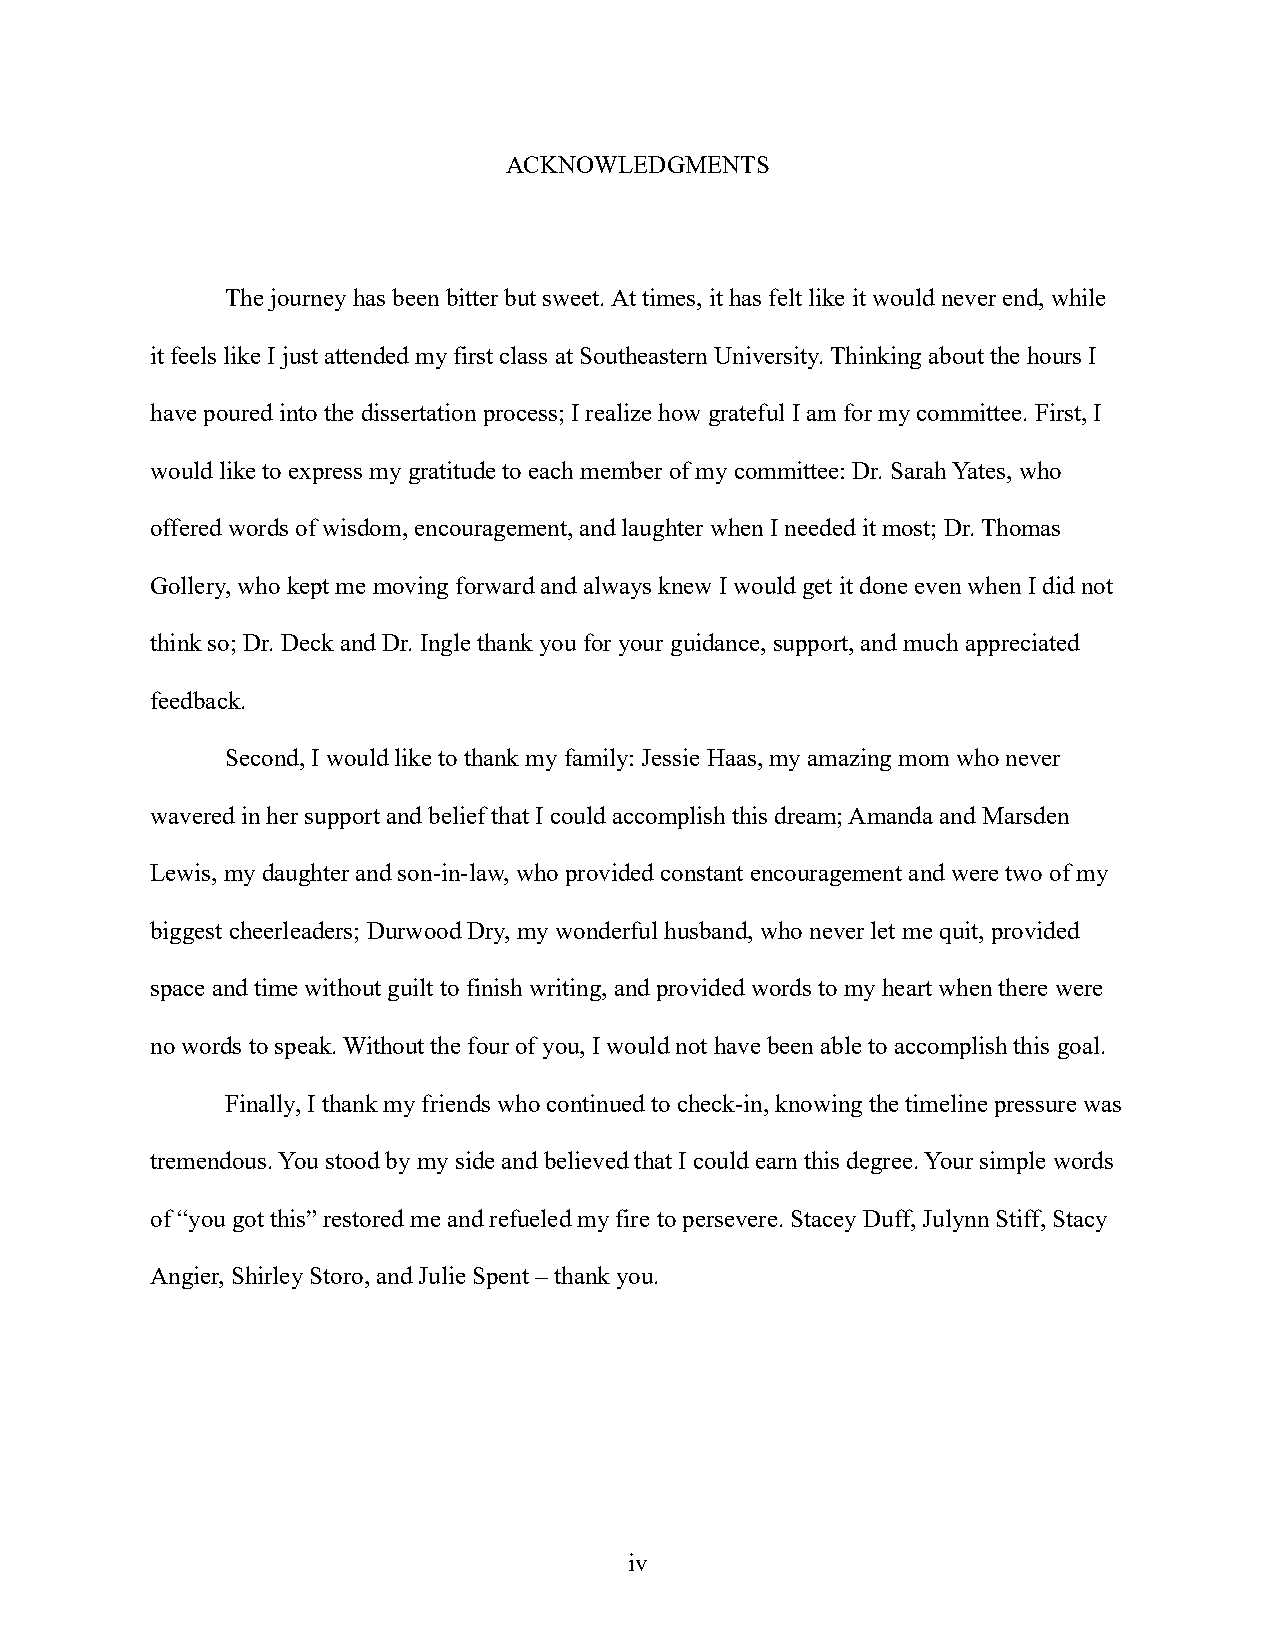
ACKNOWLEDGMENTS
 The journey has been bitter but sweet. At times, it has felt like it would never end, while
 it feels like I just attended my first class at Southeastern University. Thinking about the hours I
 have poured into the dissertation process; I realize how grateful I am for my committee. First, I
 would like to express my gratitude to each member of my committee: Dr. Sarah Yates, who
 offered words of wisdom, encouragement, and laughter when I needed it most; Dr. Thomas
 Gollery, who kept me moving forward and always knew I would get it done even when I did not
 think so; Dr. Deck and Dr. Ingle thank you for your guidance, support, and much appreciated
 feedback.
 Second, I would like to thank my family: Jessie Haas, my amazing mom who never
 wavered in her support and belief that I could accomplish this dream; Amanda and Marsden
 Lewis, my daughter and son-in-law, who provided constant encouragement and were two of my
 biggest cheerleaders; Durwood Dry, my wonderful husband, who never let me quit, provided
 space and time without guilt to finish writing, and provided words to my heart when there were
 no words to speak. Without the four of you, I would not have been able to accomplish this goal.
 Finally, I thank my friends who continued to check-in, knowing the timeline pressure was
 tremendous. You stood by my side and believed that I could earn this degree. Your simple words
 of “you got this” restored me and refueled my fire to persevere. Stacey Duff, Julynn Stiff, Stacy
 Angier, Shirley Storo, and Julie Spent – thank you.
 iv